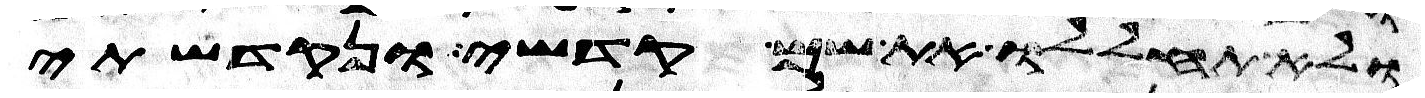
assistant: ולא תחללו את שם קדשי ונקדשתי